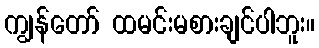
ကျွန်တော် ထမင်းမစားချင်ပါဘူး။